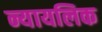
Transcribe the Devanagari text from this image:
न्यायलिक